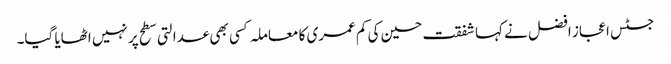
جسٹس اعجاز افضل نے کہا شفقت حسین کی کم عمری کا معاملہ کسی بھی عدالتی سطح پر نہیں اٹھایا گیا۔